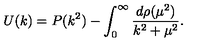
U ( k ) = P ( k ^ { 2 } ) - \int _ { 0 } ^ { \infty } \frac { d \rho ( \mu ^ { 2 } ) } { k ^ { 2 } + \mu ^ { 2 } } .